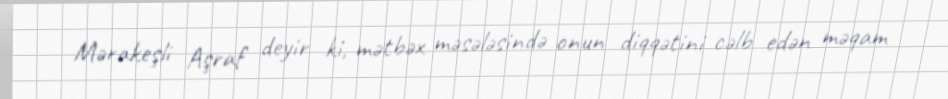
Mərakeşli Aşraf deyir ki, mətbəx məsələsində onun diqqətini cəlb edən məqam